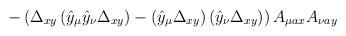
LaTeX: \begin{align*}-\left(\Delta_{xy}\left(\hat{y}_\mu\hat{y}_\nu\Delta_{xy}\right)-\left(\hat{y}_\mu\Delta_{xy}\right)\left(\hat{y}_\nu\Delta_{xy}\right)\right)A_{\mu ax}A_{\nu ay}\end{align*}